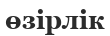
өзірлік